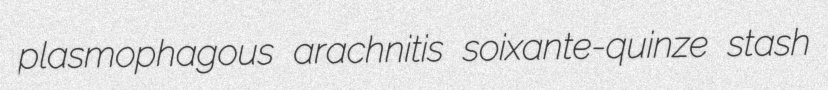
plasmophagous arachnitis soixante-quinze stash